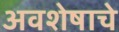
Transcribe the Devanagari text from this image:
अवशेषाचे